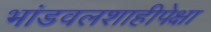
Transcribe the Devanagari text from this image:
भांडवलशाहीपेक्षा